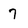
Character: 7